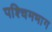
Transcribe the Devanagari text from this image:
पश्‍चिमभाग